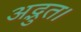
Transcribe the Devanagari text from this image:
अद्भुत।